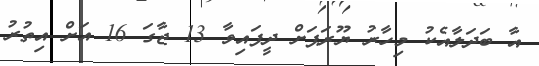
އާ ބަދަލާއެކު މިހާރު ޔޫރަޕަށް ދީފައިވާ 13 ޖާގަ 16 އަށް އިތުރު